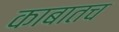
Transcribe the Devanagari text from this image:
काबातच